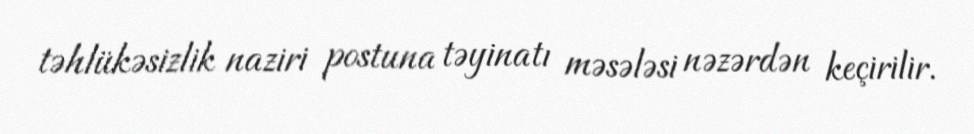
təhlükəsizlik naziri postuna təyinatı məsələsi nəzərdən keçirilir.